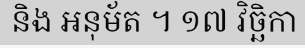
និង អនុម័ត ។ ១៧ វិច្ឆិកា